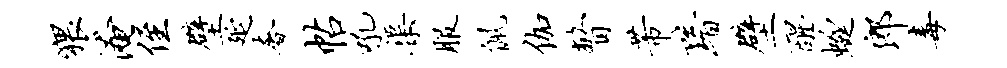
猥淹侄壁延奢帖吼渠服佩伽瞥芾黯壁醒蜓郎毒